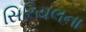
સિરિયલના